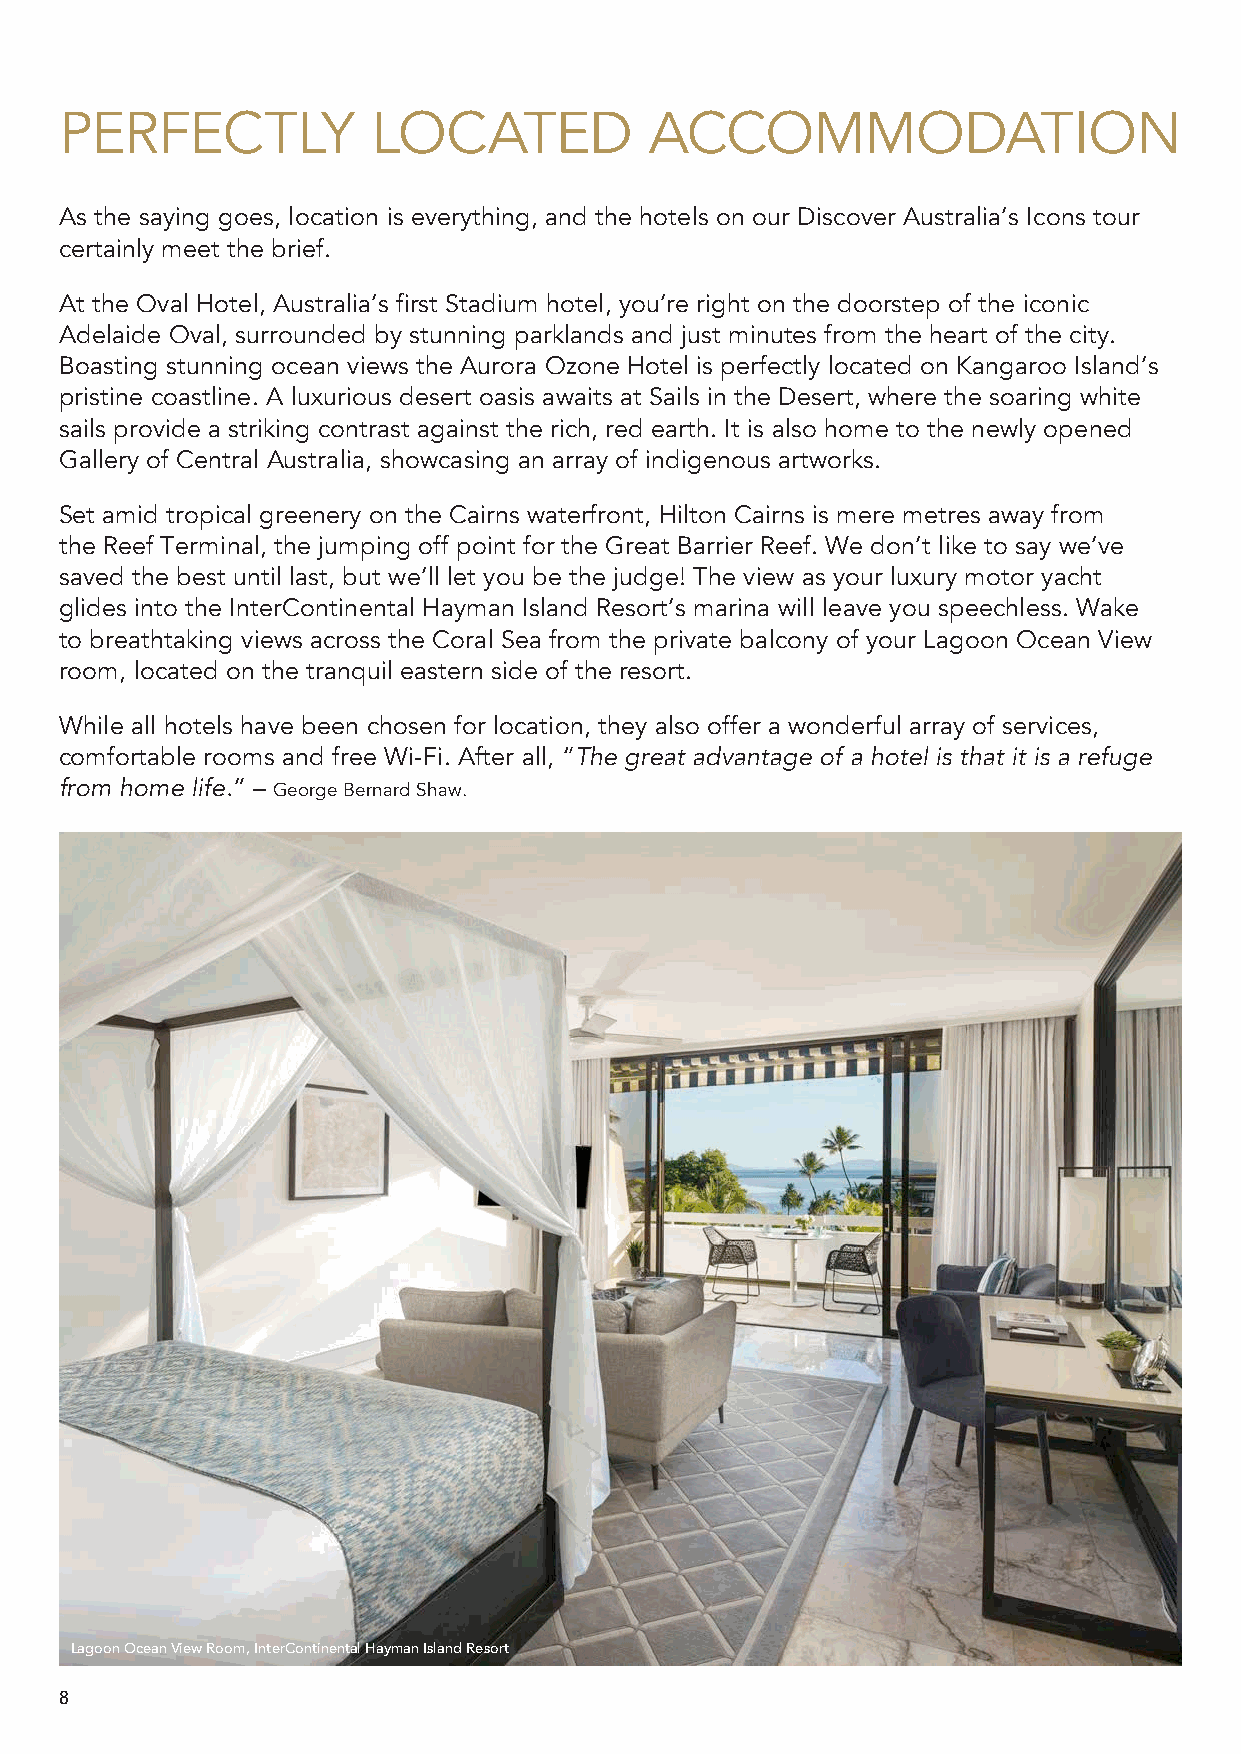
PERFECTLY            LOCATED           ACCOMMODATION
 As the saying goes, location is everything, and the hotels on our Discover Australia’s Icons tour
 certainly meet the brief.
 At the Oval Hotel, Australia’s first Stadium hotel, you’re right on the doorstep of the iconic
 Adelaide Oval, surrounded by stunning parklands and just minutes from the heart of the city.
 Boasting stunning ocean views the Aurora Ozone Hotel is perfectly located on Kangaroo Island’s
 pristine coastline. A luxurious desert oasis awaits at Sails in the Desert, where the soaring white
 sails provide a striking contrast against the rich, red earth. It is also home to the newly opened
 Gallery of Central Australia, showcasing an array of indigenous artworks.
 Set amid tropical greenery on the Cairns waterfront, Hilton Cairns is mere metres away from
 the Reef Terminal, the jumping off point for the Great Barrier Reef. We don’t like to say we’ve
 saved the best until last, but we’ll let you be the judge! The view as your luxury motor yacht
 glides into the InterContinental Hayman Island Resort’s marina will leave you speechless. Wake
 to breathtaking views across the Coral Sea from the private balcony of your Lagoon Ocean View
 room, located on the tranquil eastern side of the resort.
 While all hotels have been chosen for location, they also offer a wonderful array of services,
 comfortable rooms and free Wi-Fi. After all, “The great advantage of a hotel is that it is a refuge
 from home life.” – George Bernard Shaw.
 Lagoon Ocean View Room, InterContinental Hayman Island Resort
 8